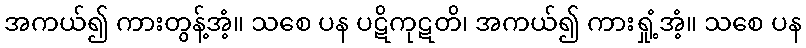
အကယ်၍ ကားတွန့်အံ့။ သစေ ပန ပဋိကုဋတိ၊ အကယ်၍ ကားရှုံ့အံ့။ သစေ ပန